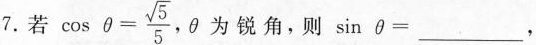
7.若 $$\cos \theta = \frac{\sqrt{5}}{5},$$ 为锐角，则sin \theta=___，